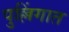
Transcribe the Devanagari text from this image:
पुल्लिंगात